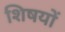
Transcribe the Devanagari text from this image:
शिषयों